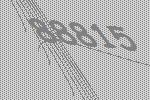
88815